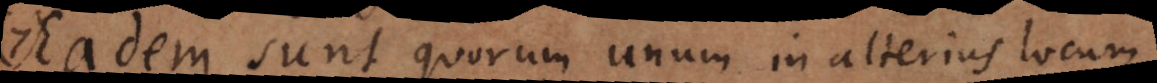
sunt quorum unum in alterius locum